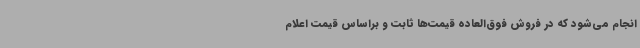
انجام می‌شود که در فروش فوق‌العاده قیمت‌ها ثابت و براساس قیمت اعلام